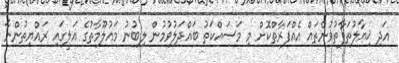
އަދި ޚިޔާލުތަފާތުވުންތައް އެއްފަރާތްކޮށް މި މަސައްކަތު ބައްދަލުވުމުން ލިބުނު މައުލޫމާތުގެ އަލީގައި ރައްޔިތުންނާ